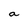
Character: a